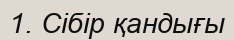
1. Сібір қандығы